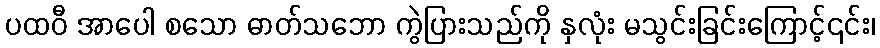
ပထဝီ အာပေါ စသော ဓာတ်သဘော ကွဲပြားသည်ကို နှလုံး မသွင်းခြင်းကြောင့်၎င်း၊